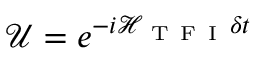
\mathcal { U } = e ^ { - i \mathcal { H } _ { \mathrm { ~ T ~ F ~ I ~ } } \delta t }